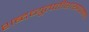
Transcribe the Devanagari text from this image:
शब्दव्युत्पत्तीशास्त्राप्रमाणे